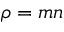
\rho = m n